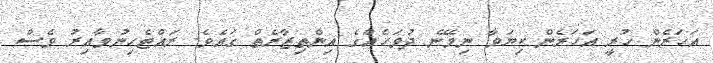
އަހަރެން ހުރީ އަހަރެން ކިޔަވާ ނިމޭނެ ދުވަހެއްގެ އިންތިޒާރެތް ގައެވެ. ރައްޓެހިނުވާއިރު ވެސް